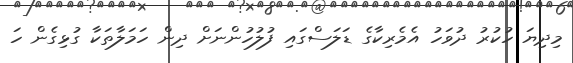
މިދިޔަ ހުކުރު ދުވަހު އެމެރިކާގެ ޑަލަސްގައި ފުލުހުންނަށް ދިން ހަމަލާތަކާ ގުޅިގެން ހަ